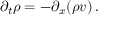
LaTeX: \partial _ { t } \rho = - \partial _ { x } ( \rho v ) \, .